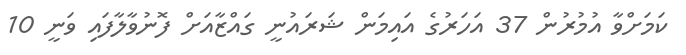
ކަމަށްވާ އުމުރުން 37 އަހަރުގެ އައިމަން ޝަރައުނީ ގައްޒާއަށް ފޮނުވާލާފައި ވަނީ 10